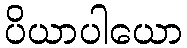
ပိယာပါယော